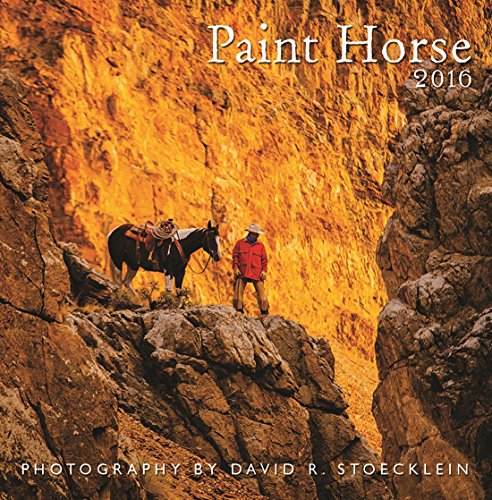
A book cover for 2016 Paint Horse Wall Calendar; David R. Stoecklein; Calendars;